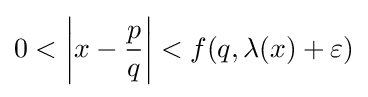
0<\left|x-{\frac {p}{q}}\right|<f(q,\lambda (x)+\varepsilon )